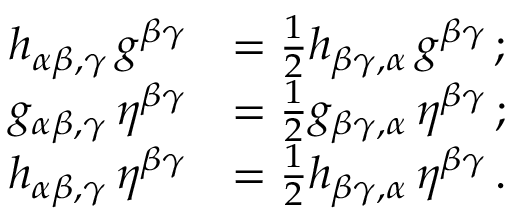
{ \begin{array} { r l } { h _ { \alpha \beta , \gamma } \, g ^ { \beta \gamma } } & { = { \frac { 1 } { 2 } } h _ { \beta \gamma , \alpha } \, g ^ { \beta \gamma } \, ; } \\ { g _ { \alpha \beta , \gamma } \, \eta ^ { \beta \gamma } } & { = { \frac { 1 } { 2 } } g _ { \beta \gamma , \alpha } \, \eta ^ { \beta \gamma } \, ; } \\ { h _ { \alpha \beta , \gamma } \, \eta ^ { \beta \gamma } } & { = { \frac { 1 } { 2 } } h _ { \beta \gamma , \alpha } \, \eta ^ { \beta \gamma } \, . } \end{array} }